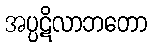
အပ္ပဋိလာဘတော